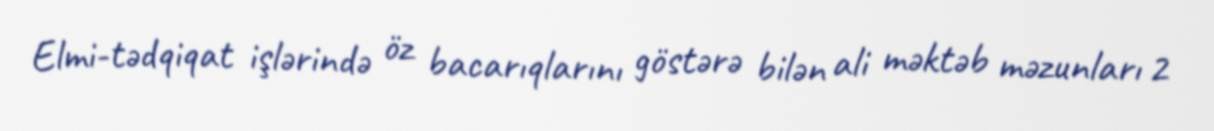
Elmi-tədqiqat işlərində öz bacarıqlarını göstərə bilən ali məktəb məzunları 2